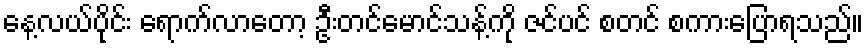
နေ့လယ်ပိုင်း ရောက်လာတော့ ဦးတင်မောင်သန့်ကို ဇင်ပင် စတင် စကားပြောရသည်။